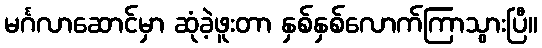
မင်္ဂလာဆောင်မှာ ဆုံခဲ့ဖူးတာ နှစ်နှစ်လောက်ကြာသွားပြီ။